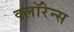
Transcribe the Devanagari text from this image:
क्लॉरेन्स